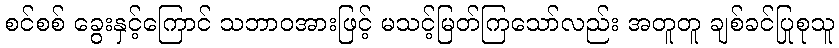
စင်စစ် ခွေးနှင့်ကြောင် သဘာဝအားဖြင့် မသင့်မြတ်ကြသော်လည်း အတူတူ ချစ်ခင်ပြုစုသူ